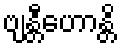
ဗျန္တီဟောန္တိ